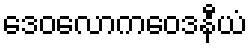
ဒေဝလောကဝေဒနီယံ